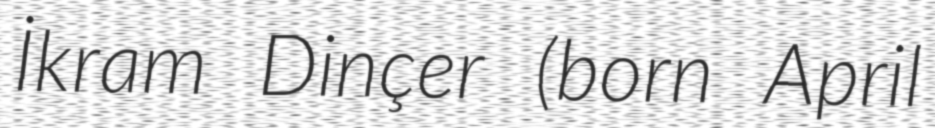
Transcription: İkram Dinçer (born April